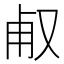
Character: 𠭉